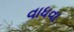
વાધવા